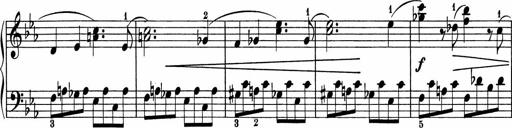
Title: 5 Sonatinen fÃ¼r die Jugend
Composer: Carl Reinecke